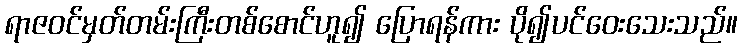
ရာဇဝင်မှတ်တမ်းကြီးတစ်စောင်ဟူ၍ ပြောရန်ကား ပို၍ပင်ဝေးသေးသည်။